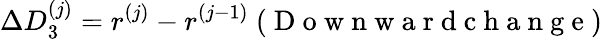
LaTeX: \Delta D_{3}^{(j)}=r^{(j)}-r^{(j-1)}\mathrm{~(~D~o~w~n~w~a~r~d~c~h~a~n~g~e~)~}